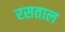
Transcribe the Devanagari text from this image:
रसताल